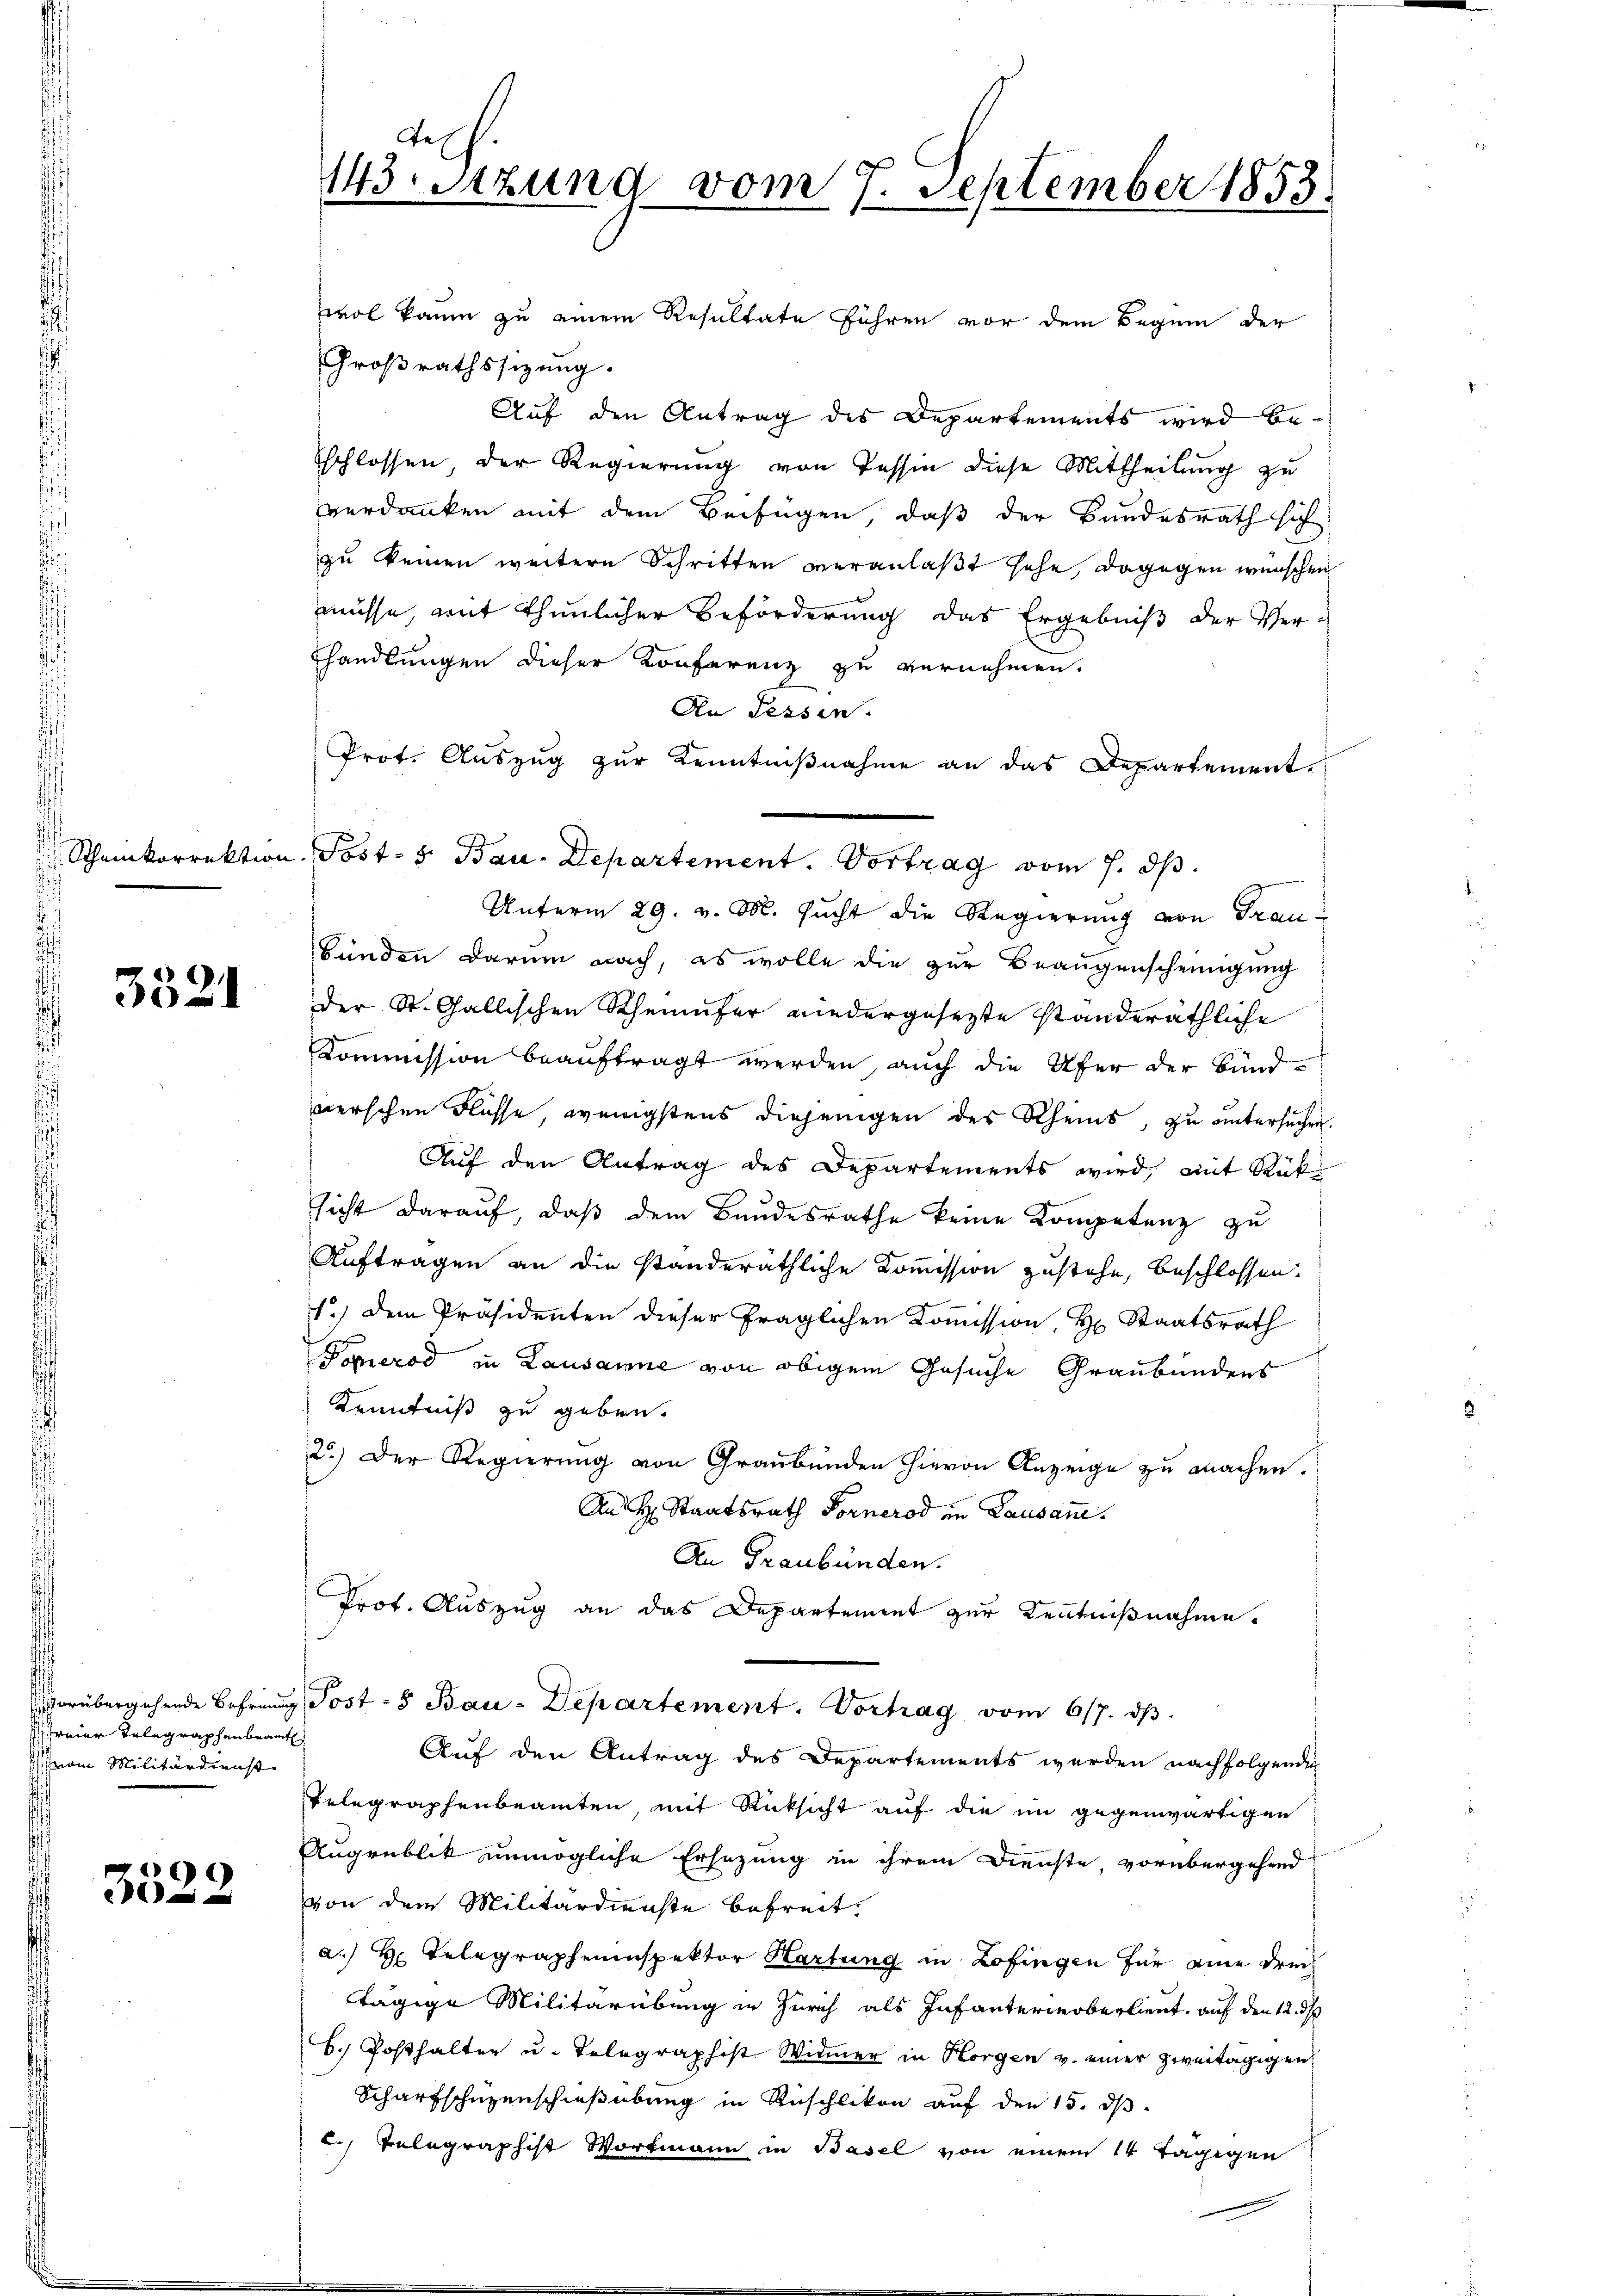
Scheinkorrektion

3521

freier Telegraphenbeamt
rom Militärdienst

)
352-

wol kaum zu einem Resultate führen vor dem Beginn der
Großrathssizung.
Auf den Antrag des Departements wird beschlossen, der Regierung von Tessin diese Mittheilung zu
verdanken mit dem Beifügen, daß der Bundesrath sich
zu keinen weitere Schritten veranlaßt sehe, dagegen wünschen
müsse, mit thunlicher Beförderung das Ergebniß der Ver-
handlungen dieser Konferenz zu vernehmen.
An Tessin.
Prot. Auszug zur Kenntnißnahme an das Departement.
 Post- & Bau-Departement. Vortrag vom 7. dh.
Unterm 29. v. M. sucht die Regierung von Fraubünden darum nach, es wolle die zur Beaugenscheinigung
Der St. Gallischen Rheinufer niedergesezte standeräthliche
Kommission beauftragt werden auch die Ufer der Bundverschen Flüsse, wenigstens diejenigen des Rheins, zu untersuchen.
Auf den Antrag des Departements wird, mit Rüksicht darauf, daß dem Bandesrathe keine Kompetenz zu
Auftragen an die standeräthliche Kommission zustehe, beschlossen.
1.) Dem Präsidenten dieser fraglichen Kommission, Hr. Staatsrath
Pomerod in Lausanne von obigem Gesuche Graubündens
Kenntniß zu geben.
2.) Der Regierung von Graubünden hievon Anzeige zu machen.
An H. Staatsrath Fornerod in Lausan
An Graubünden.
Prot. Auszug an das Departement zur Kenntnißnahme.
vorübergehende Behren Post - Bau-Departement. Vortrag vom 6/7. dβ.
Auf den Antrag des Departements werden nachfolgenden
Telegraphenbeamten mit Rücksicht auf die im gegenwärtigen
Augrublik unmögliche Ersezung in ihrem Dienste, vorübergehend
von dem Militärdienste befreit.
a. H. Telegrapheninspektor Hartung in Zofingen für eine der
tägige Militärübung in Zürich als Infanterieberlieut. auf den 12. ds.
6. Posthalter u. Telegraphist Widmer in Horgen v. einer zweitägigen
Scharfschuzenschießübung in Rüschlikon auf den 15. ds.
2.) Telegraphist Wortmann in Basel von einem 14 tägigen

Tes
143. Sitzung vom 7. September 1853.